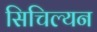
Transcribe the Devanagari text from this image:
सिचिल्यन